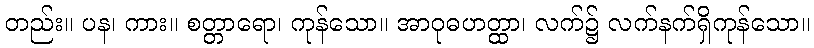
တည်း။ ပန၊ ကား။ စတ္တာရော၊ ကုန်သော။ အာဝုဓဟတ္ထာ၊ လက်၌ လက်နက်ရှိကုန်သော။